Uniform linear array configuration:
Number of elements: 8
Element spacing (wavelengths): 0.25
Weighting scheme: cosine
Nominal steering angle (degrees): -60
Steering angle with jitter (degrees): -59.805
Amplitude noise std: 0.05
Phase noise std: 0.05

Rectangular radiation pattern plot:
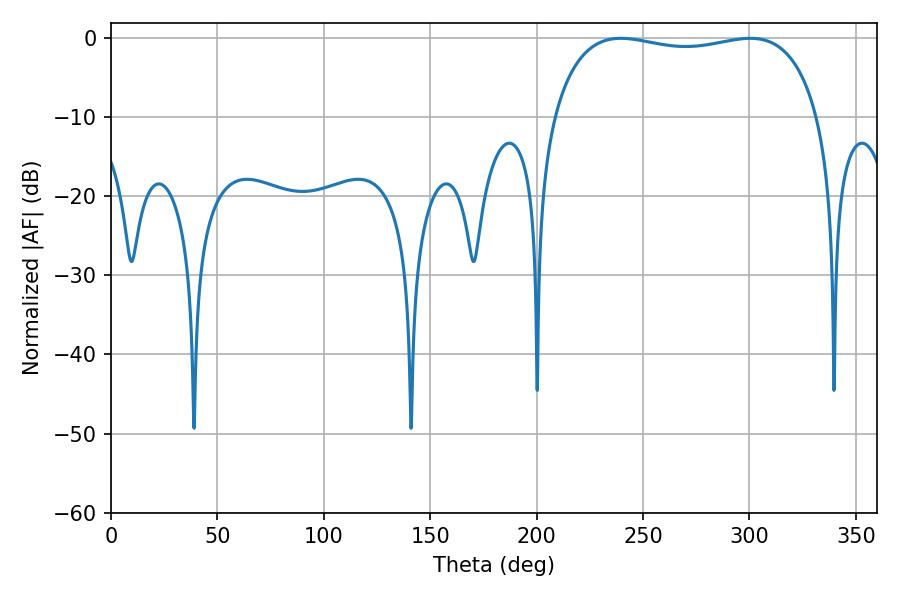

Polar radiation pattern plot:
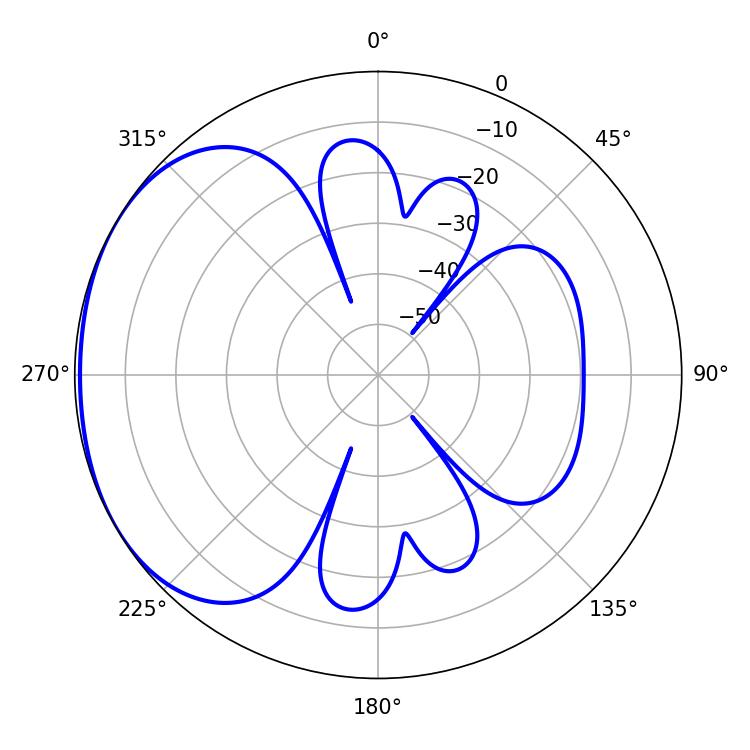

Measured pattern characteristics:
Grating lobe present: FALSE
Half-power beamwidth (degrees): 101.16
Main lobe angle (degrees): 239.58